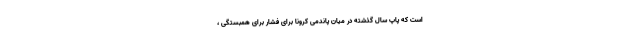
است که پاپ سال گذشته در میان پاندمی کرونا برای فشار برای همبستگی ،